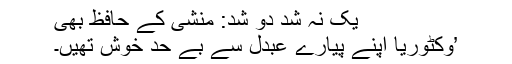
یک نہ شد دو شد: منشی کے حافظ بھی
’وکٹوریا اپنے پیارے عبدل سے بے حد خوش تھیں۔